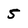
Character: 5